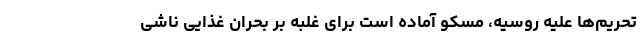
تحریم‌ها علیه روسیه، مسکو آماده است برای غلبه بر بحران غذایی ناشی